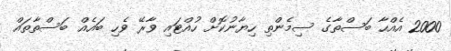
2000 އެއްހާ ބަސްތާގެ ސިމެންތި ހިޔާނުކޮށް ހުއްޓައި ވާރޭ ވެހި ބައެއް ބަސްތާތައް